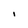
Character: 1